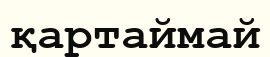
қартаймай